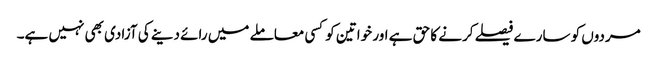
مردوں کو سارے فیصلے کرنے کا حق ہے اور خواتین کوکسی معاملے میں رائے دینے کی آزادی بھی نہیں ہے۔